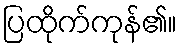
ပြထိုက်ကုန်၏။